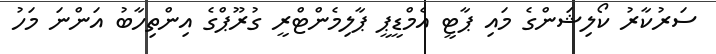
ސަރުކާރު ކޯލިޝަންގެ މައި ޕާޓީ އެމްޑީޕީ ޕާލިމެންޓްރީ ގުރޫޕްގެ އިންތިހާބު އަންނަ މަހު